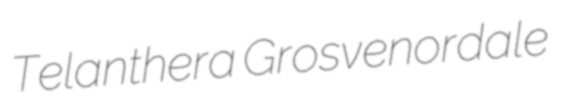
Telanthera Grosvenordale